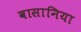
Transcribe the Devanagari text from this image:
वासानिया